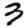
Digit: 3